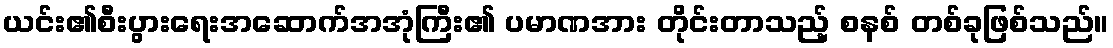
ယင်း၏စီးပွားရေးအဆောက်အအုံကြီး၏ ပမာဏအား တိုင်းတာသည့် စနစ် တစ်ခုဖြစ်သည်။